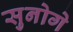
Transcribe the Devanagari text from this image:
सुनोगे